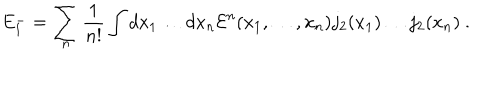
E _ { 1 } ^ { - } = \sum _ { n } \frac 1 { n ! } \int d x _ { 1 } \dots d x _ { n } { \cal E } ^ { n } ( x _ { 1 } , \dots , x _ { n } ) j _ { 2 } ( x _ { 1 } ) \dots j _ { 2 } ( x _ { n } ) \ .